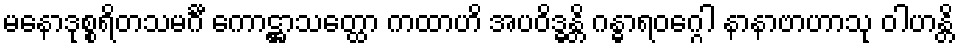
မနောဒုစ္စရိတသမင်္ဂီ ကောဋ္ဌာသတ္ထော ကထာဟိ အပဝိဒ္ဓန္တိ ဂန္ဓာရဝဂ္ဂေါ နာနာဗာဟာသု ဝါဟန္တိ